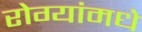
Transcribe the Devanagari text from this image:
रोग्यांमधे